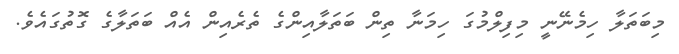
މިބަތަލާ ހިމެނޭނީ މިފިލްމުގަ ހިމަނާ ތިން ބަތަލާއިންގެ ތެރެއިން އެއް ބަތަލާގެ ގޮތުގައެވެ.